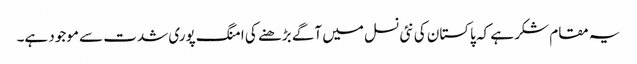
یہ مقام شکر ہے کہ پاکستان کی نئی نسل میں آگے بڑھنے کی امنگ پوری شدت سے موجود ہے۔